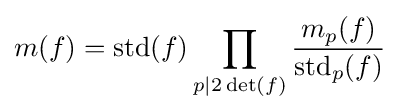
m(f)=\operatorname {std} (f)\prod _{p|2\det(f)}{m_{p}(f) \over \operatorname {std} _{p}(f)}